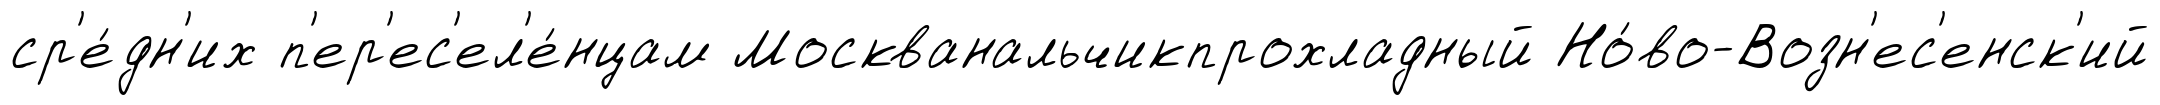
ср'е́дн'их п'ер'ес'ел'е́нцам Москванальчикпрохладный Но́во-Возн'ес'енск'ий